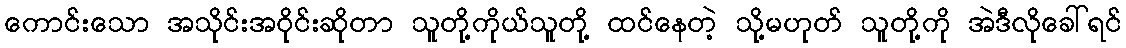
ကောင်းသော အသိုင်းအဝိုင်းဆိုတာ သူတို့ကိုယ်သူတို့ ထင်နေတဲ့ သို့မဟုတ် သူတို့ကို အဲဒီလိုခေါ်ရင်